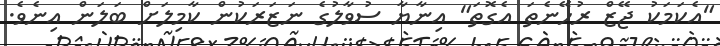
"އެކަމަކު ޖޭޒް ރުހޭނެތަ އެގޮތަ" އިނާޔާ ސުވާލުގެ ނަޒަރަކުން ކާމިލަށް ބަލަން އިނެވެ.